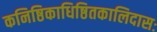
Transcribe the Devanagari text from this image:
कनिष्ठिकाधिष्ठितकालिदासः